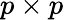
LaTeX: p\times p